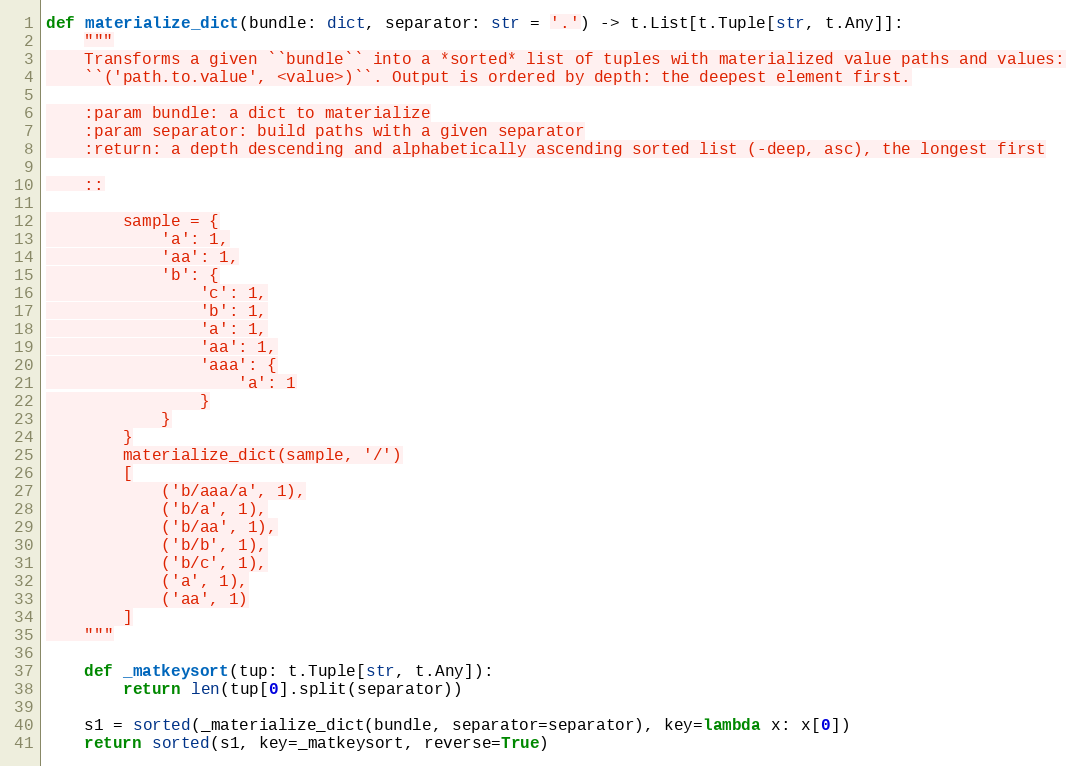
Language: Python
def materialize_dict(bundle: dict, separator: str = '.') -> t.List[t.Tuple[str, t.Any]]:
    """
    Transforms a given ``bundle`` into a *sorted* list of tuples with materialized value paths and values:
    ``('path.to.value', <value>)``. Output is ordered by depth: the deepest element first.

    :param bundle: a dict to materialize
    :param separator: build paths with a given separator
    :return: a depth descending and alphabetically ascending sorted list (-deep, asc), the longest first

    ::

        sample = {
            'a': 1,
            'aa': 1,
            'b': {
                'c': 1,
                'b': 1,
                'a': 1,
                'aa': 1,
                'aaa': {
                    'a': 1
                }
            }
        }
        materialize_dict(sample, '/')
        [
            ('b/aaa/a', 1),
            ('b/a', 1),
            ('b/aa', 1),
            ('b/b', 1),
            ('b/c', 1),
            ('a', 1),
            ('aa', 1)
        ]
    """

    def _matkeysort(tup: t.Tuple[str, t.Any]):
        return len(tup[0].split(separator))

    s1 = sorted(_materialize_dict(bundle, separator=separator), key=lambda x: x[0])
    return sorted(s1, key=_matkeysort, reverse=True)